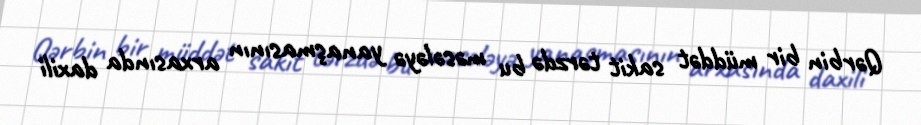
Qərbin bir müddət sakit tərzdə bu məsələyə yanaşmasının arxasında daxili